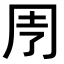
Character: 𠄗